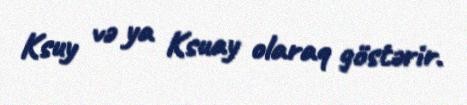
Ksuy və ya Ksuay olaraq göstərir.